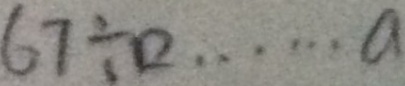
6 7 \div \square \cdots a